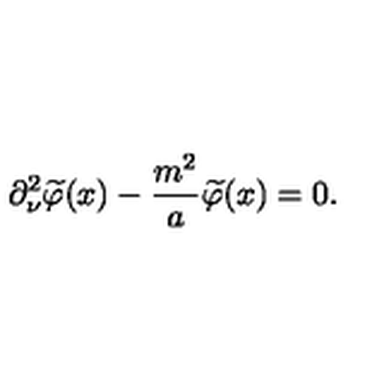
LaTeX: \partial _ { \nu } ^ { 2 } \widetilde { \varphi } ( x ) - \frac { m ^ { 2 } } { a } \widetilde { \varphi } ( x ) = 0 .